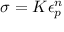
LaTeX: \sigma = K \epsilon _ { p } ^ { n } \,